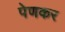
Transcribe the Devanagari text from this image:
पेणकर